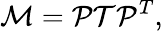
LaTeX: \mathcal{M}=\mathcal{P}\mathcal{T}\mathcal{P}^{T},